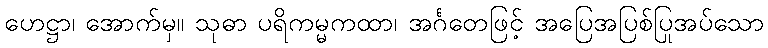
ဟေဋ္ဌာ၊ အောက်မှ။ သုဓာ ပရိကမ္မကထာ၊ အင်္ဂတေဖြင့် အပြေအပြစ်ပြုအပ်သော